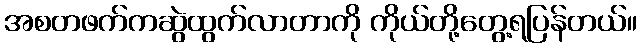
အစတဖက်ကဆွဲထွက်လာတာကို ကိုယ်တို့တွေ့ရပြန်တယ်။